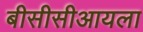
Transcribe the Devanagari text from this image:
बीसीसीआयला